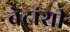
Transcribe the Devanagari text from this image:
बेटांशी